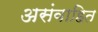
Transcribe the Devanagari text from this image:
असंवाहित